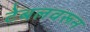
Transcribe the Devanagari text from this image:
टेबलवरून